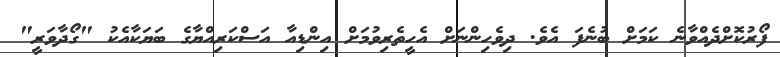
ފޯރުކޮށްދެއްވާނެ ކަމަށް ބުނެފަ އެވެ. ދިވެހިންނަށް އެހީތެރިވުމަށް އިންޑިއާ އަސްކަރިއްޔާގެ ބަޔަކާއެކު "ގޯދާވަރީ"